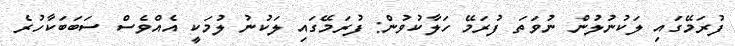
ފުރަމޭގައި ލަކުނުލުން ނުވަތަ ފުރަމޭ ހަލާކުވުން: ފުރަމޭގައި ލަކުނު ލުމަކީ އެއްވެސް ސަބަބަކާހުރެ